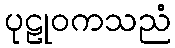
ပုဠုဝကသညံ